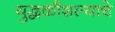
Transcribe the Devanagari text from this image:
युद्धकौशल्याचे